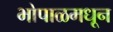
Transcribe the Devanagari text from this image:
भोपाळमधून